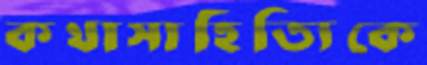
কথাসাহিত্যিকে